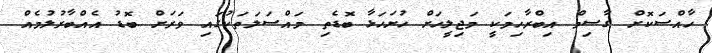
ހާއްސަކޮށް ގާސިމް އިބްރާހިމަކީ މަޖިލީހަށް ހުށަހަޅާ ބޮޑެތި މައްސަލަތަކުގައި ވަރަށް ބޮޑު އެއްބާރުލުމެއް